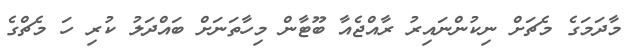
މާދަމަގެ މެޗަށް ނިކުންނައިރު ރާއްޖެއާ ބޫޓާން މިހާތަނަށް ބައްދަލު ކުރި ހަ މެޗްގެ